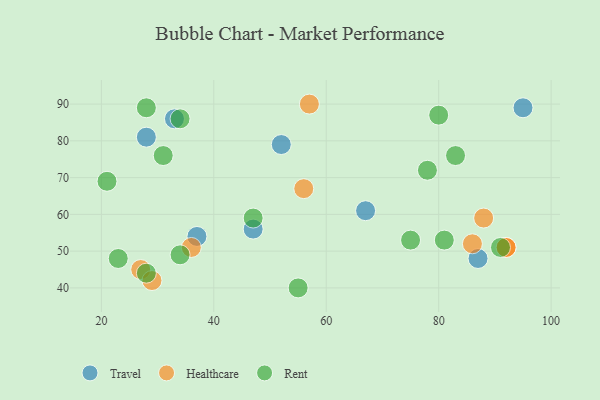
{"axis": {"x": "GDP", "y": "Life Expectancy"}, "legend": ["Healthcare", "Rent", "Travel"], "data": [{"x": "95", "y": 89, "type": "Travel"}, {"x": "37", "y": 54, "type": "Travel"}, {"x": "52", "y": 79, "type": "Travel"}, {"x": "33", "y": 86, "type": "Travel"}, {"x": "28", "y": 81, "type": "Travel"}, {"x": "87", "y": 48, "type": "Travel"}, {"x": "67", "y": 61, "type": "Travel"}, {"x": "47", "y": 56, "type": "Travel"}, {"x": "92", "y": 51, "type": "Healthcare"}, {"x": "86", "y": 52, "type": "Healthcare"}, {"x": "57", "y": 90, "type": "Healthcare"}, {"x": "27", "y": 45, "type": "Healthcare"}, {"x": "56", "y": 67, "type": "Healthcare"}, {"x": "29", "y": 42, "type": "Healthcare"}, {"x": "92", "y": 51, "type": "Healthcare"}, {"x": "88", "y": 59, "type": "Healthcare"}, {"x": "36", "y": 51, "type": "Healthcare"}, {"x": "28", "y": 89, "type": "Rent"}, {"x": "78", "y": 72, "type": "Rent"}, {"x": "83", "y": 76, "type": "Rent"}, {"x": "75", "y": 53, "type": "Rent"}, {"x": "34", "y": 86, "type": "Rent"}, {"x": "91", "y": 51, "type": "Rent"}, {"x": "31", "y": 76, "type": "Rent"}, {"x": "23", "y": 48, "type": "Rent"}, {"x": "21", "y": 69, "type": "Rent"}, {"x": "34", "y": 49, "type": "Rent"}, {"x": "55", "y": 40, "type": "Rent"}, {"x": "80", "y": 87, "type": "Rent"}, {"x": "47", "y": 59, "type": "Rent"}, {"x": "28", "y": 44, "type": "Rent"}, {"x": "81", "y": 53, "type": "Rent"}]}